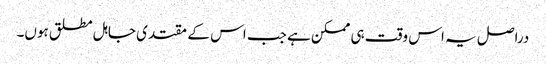
دراصل یہ اس وقت ہی ممکن ہے جب اس کے مقتدی جاہل مطلق ہوں۔